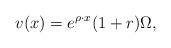
LaTeX: \begin{align*}v(x)=e^{\rho \cdot x } (1+r) \Omega,\end{align*}